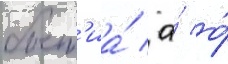
быт'иа́ / а́ о́